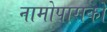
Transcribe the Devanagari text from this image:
नामोपासकों